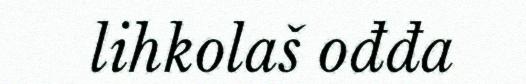
lihkolaš ođđa